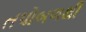
તપોબળથી